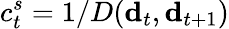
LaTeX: c_{t}^{s}=1/D({\mathbf d}_{t},{\mathbf d}_{t+1})